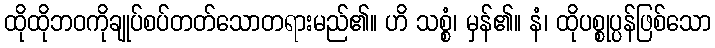
ထိုထိုဘဝကိုချုပ်စပ်တတ်သောတရားမည်၏။ ဟိ သစ္စံ၊ မှန်၏။ နံ၊ ထိုပစ္စုပ္ပန်ဖြစ်သော